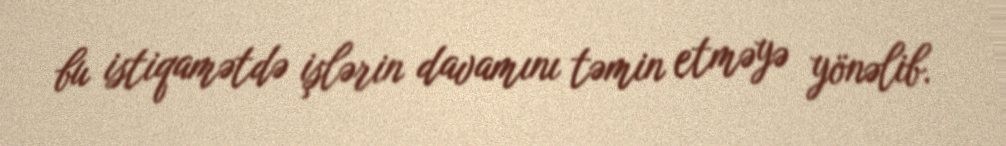
bu istiqamətdə işlərin davamını təmin etməyə yönəlib.